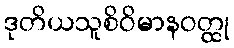
ဒုတိယသူစိဝိမာနဝတ္ထု